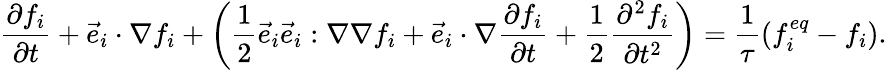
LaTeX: {\frac{\partial f_{i}}{\partial t}}+{\vec{e}}_{i}\cdot\nabla f_{i}+\left({\frac{1}{2}}{\vec{e}}_{i}{\vec{e}}_{i}:\nabla\nabla f_{i}+{\vec{e}}_{i}\cdot\nabla{\frac{\partial f_{i}}{\partial t}}+{\frac{1}{2}}{\frac{\partial^{2}f_{i}}{\partial t^{2}}}\right)={\frac{1}{\tau}}(f_{i}^{eq}-f_{i}).